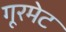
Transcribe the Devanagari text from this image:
गूरमेट